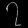
Digit: ၇